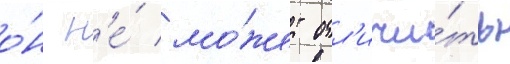
о́н н'е́ мо́жет отл'ичи́ть